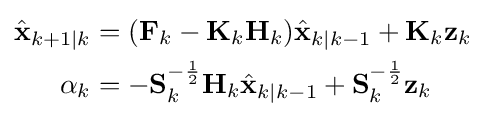
{\begin{aligned}{\hat {\mathbf {x} }}_{k+1\mid k}&=(\mathbf {F} _{k}-\mathbf {K} _{k}\mathbf {H} _{k}){\hat {\mathbf {x} }}_{k\mid k-1}+\mathbf {K} _{k}\mathbf {z} _{k}\\\alpha _{k}&=-\mathbf {S} _{k}^{-{\frac {1}{2}}}\mathbf {H} _{k}{\hat {\mathbf {x} }}_{k\mid k-1}+\mathbf {S} _{k}^{-{\frac {1}{2}}}\mathbf {z} _{k}\end{aligned}}